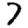
Digit: 7